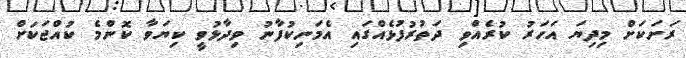
ރަށަކަށް މިދިޔަ އަހަރު ކުރެއްވި ދަތުރުފުޅެއްގައި އެމަނިކުފާނު ވިދާޅުވީ ކިޔަވާ ކޮންމެ ކުއްޖަކަށް